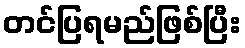
တင်ပြရမည်ဖြစ်ပြီး